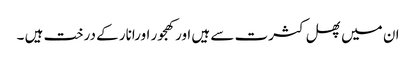
ان میں پھل کثرت سے ہیں اورکھجور اورانار کے درخت ہیں ۔